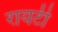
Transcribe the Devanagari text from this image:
रायटी